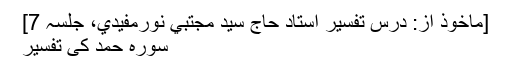
[ماخوذ از: درس تفسیر استاد حاج سید مجتبي نورمفیدي، جلسہ 7]
سورہ حمد کی تفسیر